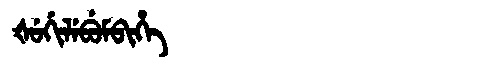
Manchu: ᡧᡠᡤᡳᠯᡝᠪᡠᠮᠪᡳᡥᡝ
Romanization: ŠUGILEBUMBIHE